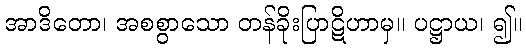
အာဒိတော၊ အစစွာသော တန်ခိုးပြာဋိဟာမှ။ ပဋ္ဌာယ၊ ၍။